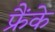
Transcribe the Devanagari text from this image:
फ्रैंके